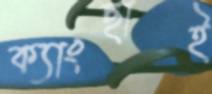
ক্যাংছাই